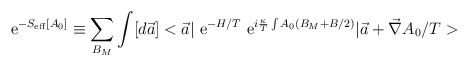
\begin{align*}{\rm ~e}^{-S_{\rm eff}[A_0]}\equiv \sum_{B_M} \int [d\vec a] <\vec a\vert {\rm ~e}^{-H/T}{\rm ~e}^{i\frac{\kappa}{T}\int A_0(B_M+B/2)}\vert\vec a+\vec \nabla A_0/T>\end{align*}